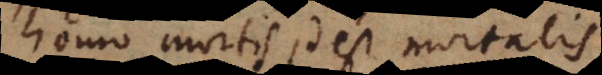
homo mortis id est mortalis